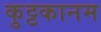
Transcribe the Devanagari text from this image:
कुट्टकानम